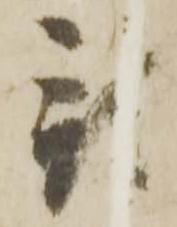
預